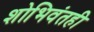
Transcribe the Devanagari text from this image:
शोभिवंतही